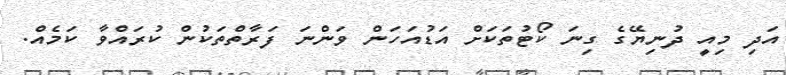
އަދި މިއީ ދުނިޔޭގެ ގިނަ ކޯޓުތަކަށް އަޑުއަހަން ވަންނަ ފަރާތްތަކުން ކުރައްވާ ކަމެއް.